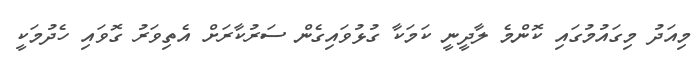
މިއަދު މިގައުމުގައި ކޮންމެ ލާދީނީ ކަމަކާ ގުޅުވައިގެން ސަރުކާރަށް އެތިވަރު ގޮވައި ހެދުމަކީ